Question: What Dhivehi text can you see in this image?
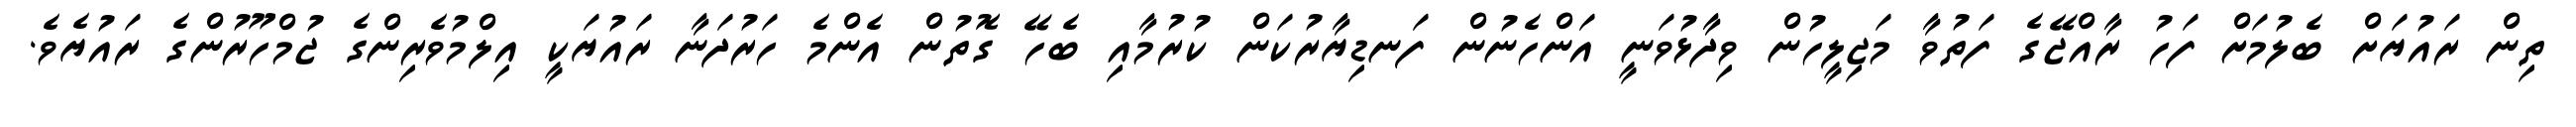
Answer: ތިން ރައުޔަށް ބެލުމަށް ފަހު ރާއްޖޭގެ ފަތުވާ މަޖިލީހުން ވިދާޅުވަނީ އަންހެނުން ފަނޑިޔާރުކަން ކުރުމާއި ބެހޭ ގޮތުން އެންމެ ހަރުދަނާ ރައުޔަކީ އިލްމުވެރިންގެ ޖުމްހޫރުންގެ ރައުޔެވެ.